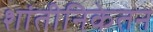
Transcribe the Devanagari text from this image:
शांतीनिकेतन